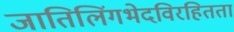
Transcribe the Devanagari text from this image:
जातिलिंगभेदविरहितता